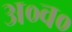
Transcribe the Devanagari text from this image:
अ०व०